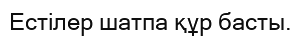
Естілер шатпа құр басты.